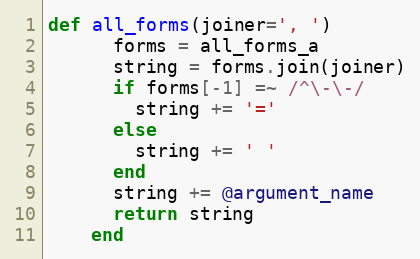
Language: Ruby
def all_forms(joiner=', ')
      forms = all_forms_a
      string = forms.join(joiner)
      if forms[-1] =~ /^\-\-/
        string += '='
      else
        string += ' '
      end
      string += @argument_name
      return string
    end